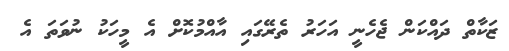
ޒަކާތް ދައްކަން ޖެހެނީ އަހަރު ތެރޭގައި އާއްމުކޮށް އެ މީހަކު ނުވަތަ އެ